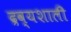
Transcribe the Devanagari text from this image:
द्रव्यशाली